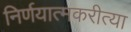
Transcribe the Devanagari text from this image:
निर्णयात्मकरीत्या